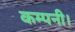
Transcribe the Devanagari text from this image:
कम्पनी।